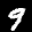
Label: 9